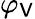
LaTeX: \varphi_{\mathsf{V}}